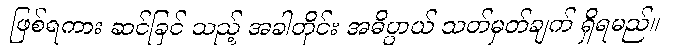
ဖြစ်ရကား ဆင်ခြင် သည့် အခါတိုင်း အဓိပ္ပာယ် သတ်မှတ်ချက် ရှိရမည်။